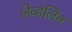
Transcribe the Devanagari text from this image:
लेव्हलिन